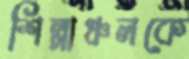
শিল্পাঞ্চলকে